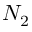
N _ { 2 }